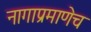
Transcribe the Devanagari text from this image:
नागाप्रमाणेच